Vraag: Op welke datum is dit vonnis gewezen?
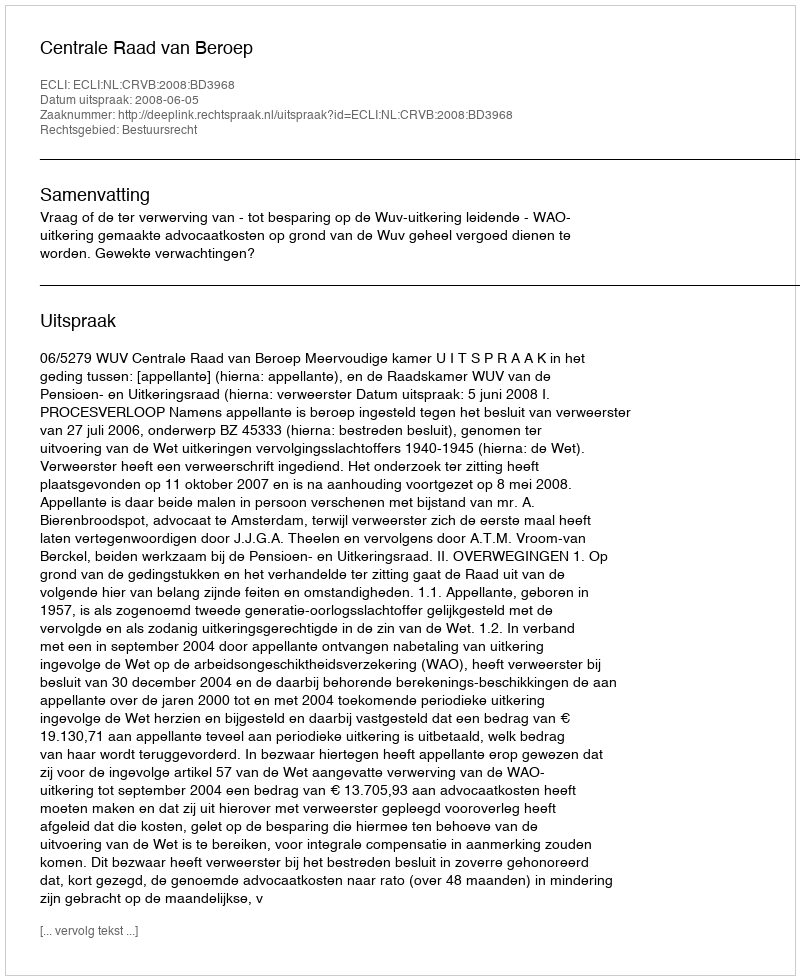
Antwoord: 2008-06-05